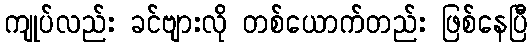
ကျုပ်လည်း ခင်ဗျားလို တစ်ယောက်တည်း ဖြစ်နေပြီ